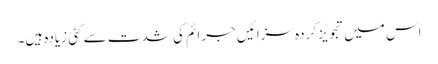
اس میں تجویز کردہ سزائیں جرائم کی شدت سے کئی زیادہ ہیں۔